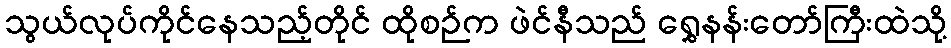
သွယ်လုပ်ကိုင်နေသည့်တိုင် ထိုစဉ်က ဖဲင်နီသည် ရွှေနန်းတော်ကြီးထဲသို့